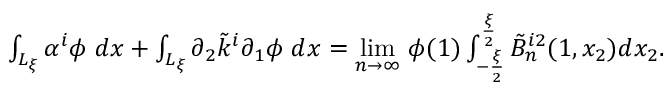
\begin{array} { r } { \int _ { L _ { \xi } } { \alpha ^ { i } \phi \; d x } + \int _ { L _ { \xi } } { \partial _ { 2 } \tilde { k } ^ { i } \partial _ { 1 } \phi \; d x } = \underset { n \to \infty } { \operatorname* { l i m } } \; \phi ( 1 ) \int _ { - \frac { \xi } { 2 } } ^ { \frac { \xi } { 2 } } \tilde { B } _ { n } ^ { i 2 } ( 1 , x _ { 2 } ) d x _ { 2 } . } \end{array}